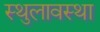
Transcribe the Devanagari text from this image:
स्थुलावस्था